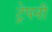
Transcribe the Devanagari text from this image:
ट्रेपनी